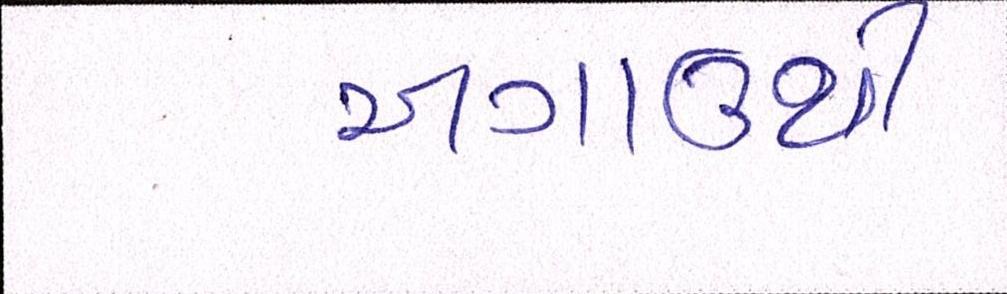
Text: અગાઉથી